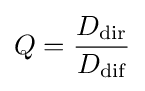
Q={\frac {D_{\text{dir}}}{D_{\text{dif}}}}